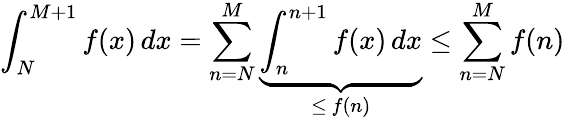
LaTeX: \int_{N}^{M+1}f(x)\, dx=\sum_{n=N}^{M}\underbrace{\int_{n}^{n+1}f(x)\, dx}_{\leq\, f(n)}\leq\sum_{n=N}^{M}f(n)